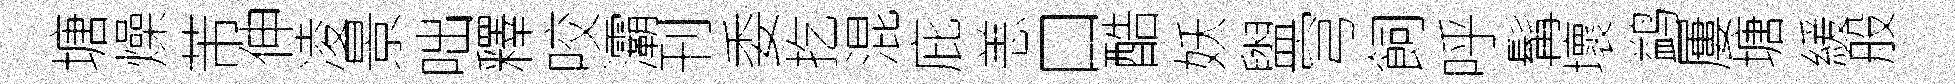
塘燥芾伸凌景咄釋咬灞刊委扢混庇恙口酷妖盥穹飼呼髯壞鹢屢塘緩般